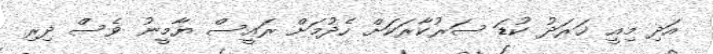
އަދި މިއީ ޚަރަދު ކުޑަ ސަރުކާރަކަށް ހެދުމަށް ރައީސް ޔާމީނު ވެސް ދިރި